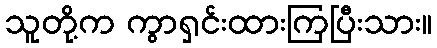
သူတို့က ကွာရှင်းထားကြပြီးသား။